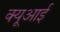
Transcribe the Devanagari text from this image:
क्यूआई